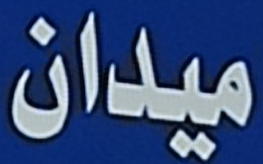
ميدان